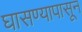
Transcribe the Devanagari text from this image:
घासण्यापासून